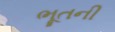
ભૂતની